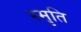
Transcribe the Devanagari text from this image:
स्मृ़ति